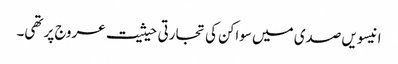
انیسویں صدی میں سواکن کی تجارتی حیثیت عروج پر تھی۔